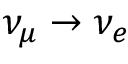
\nu _ { \mu } \rightarrow \nu _ { e }